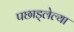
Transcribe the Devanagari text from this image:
पछाड्लेल्या